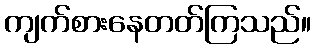
ကျက်စားနေတတ်ကြသည်။